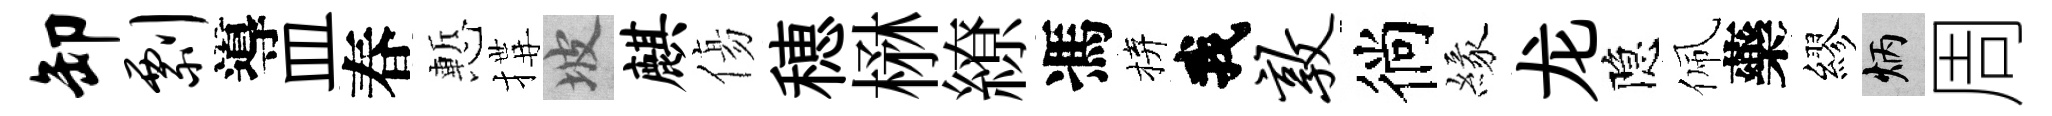
卸剽導皿春慙搆坡麒傷穂楙繚馮拚我敦徜緣龙隐佩藥繆炳周